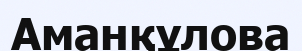
Аманқұлова